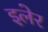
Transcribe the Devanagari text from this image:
इलेर